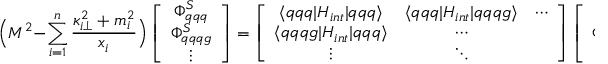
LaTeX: \Big ( M ^ { 2 } - \sum _ { i = 1 } ^ { n } { \frac { \kappa _ { i \bot } ^ { 2 } + m _ { i } ^ { 2 } } { x _ { i } } } \Big ) \left[ \begin{array} { c } { { \Phi _ { q q q } ^ { S } } } \\ { { \Phi _ { q q q g } ^ { S } } } \\ { { \vdots } } \end{array} \right] = \left[ \begin{array} { c c c } { { \langle q q q | H _ { i n t } | q q q \rangle } } & { { \langle q q q | H _ { i n t } | q q q g \rangle } } & { { \cdots } } \\ { { \langle q q q g | H _ { i n t } | q q q \rangle } } & { { \cdots } } & { { ~ ~ } } \\ { { \vdots } } & { { \ddots } } & { { ~ ~ } } \end{array} \right] \left[ \begin{array} { c } { { \Phi _ { q q q } ^ { S } } } \\ { { \Phi _ { q q q g } ^ { S } } } \\ { { \vdots } } \end{array} \right] .